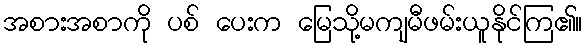
အစားအစာကို ပစ် ပေးက မြေသို့မကျမီဖမ်းယူနိုင်ကြ၏။